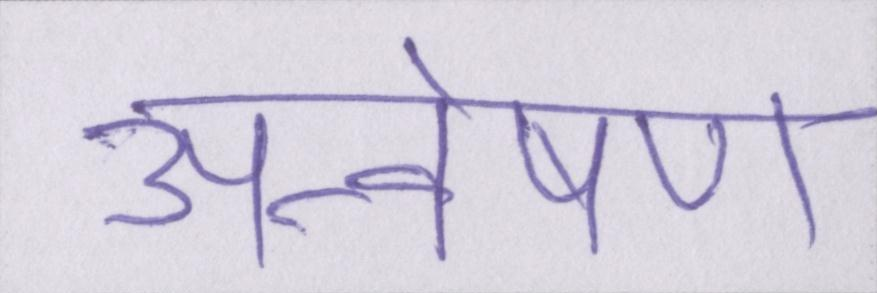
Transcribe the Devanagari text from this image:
अन्वेषण